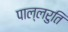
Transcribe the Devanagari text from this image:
पाल्लरुति